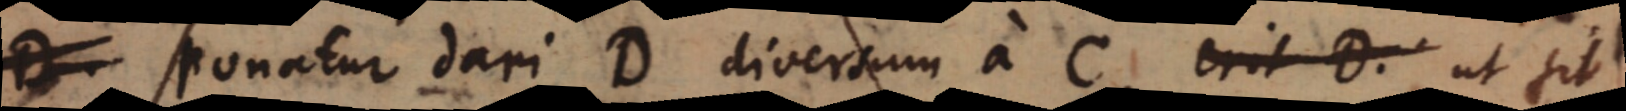
D. Ponatur dari D diversum a C erit D. ut sit